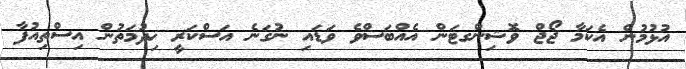
އުޅުމުން އެކަމާ ޖޯޖް ވޮޝިންގޓަން އެެއްބަސްވެ ވަޑައި ނުގަނެ އަސްކަރީ ޚިދުމަތުން އިސްތިއުފާ